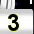
Digit: 3